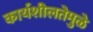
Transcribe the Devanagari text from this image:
कार्यशीलतेमुळे